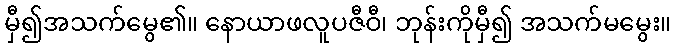
မှီ၍အသက်မွေ၏။ နောယာဖလူပဇီဝီ၊ ဘုန်းကိုမှီ၍ အသက်မမွေး။